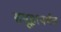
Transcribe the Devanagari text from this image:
समूहापर्यंत